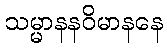
သမ္မာနနဝိမာနနေ